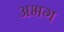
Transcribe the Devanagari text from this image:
अभग